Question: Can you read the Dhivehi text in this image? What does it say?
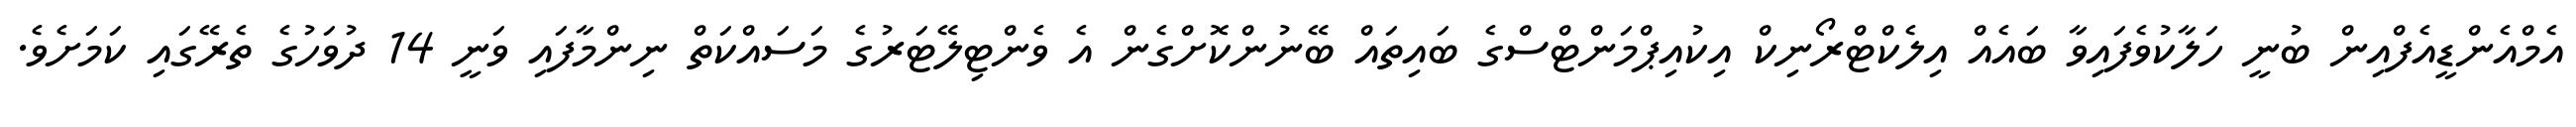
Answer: އެމްއެންޑީއެފްއިން ބުނީ ހަލާކުވެފައިވާ ބައެއް އިލެކްޓްރޯނިކް އިކުއިޕްމަންޓްސްގެ ބައިތައް ބޭނުންކޮށްގެން އެ ވެންޓިލޭޓަރުގެ މަސައްކަތް ނިންމާފައި ވަނީ 14 ދުވަހުގެ ތެރޭގައި ކަމަށެވެ.